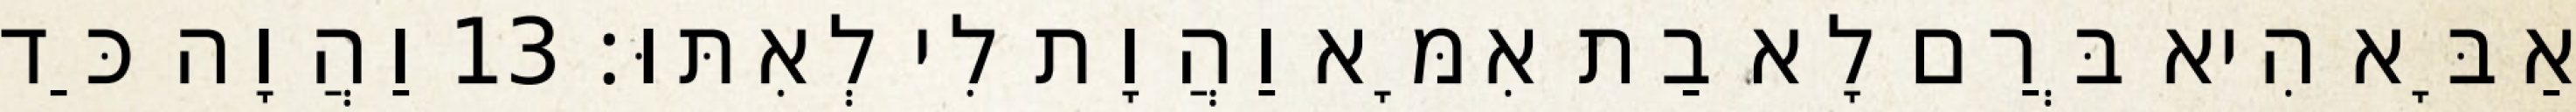
אַבָּא הִיא בְּרַם לָא בַת אִמָּא וַהֲוָת לִי לְאִתּוּ׃ 13 וַהֲוָה כַּד